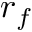
r _ { f }